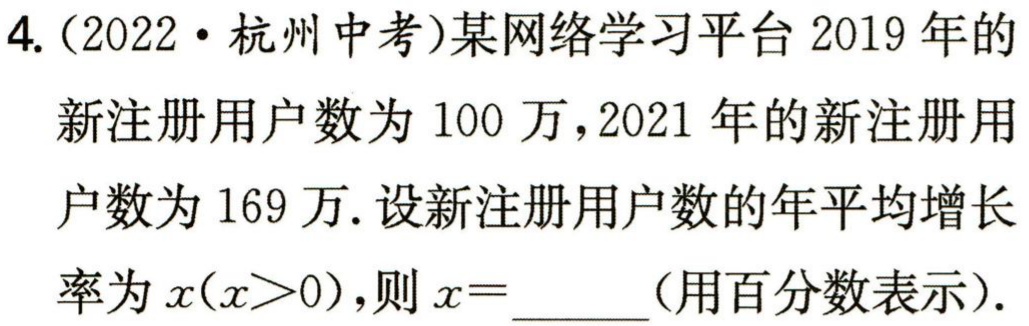
4.（2022·杭州中考）某网络学习平台2019年的

新注册用户数为100万，2021年的新注册用

户数为169万. 设新注册用户数的年平均增长

率为\(x(x > 0)\)，则\(x = \underline{\qquad}\)(用百分数表示).